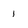
Character: 1